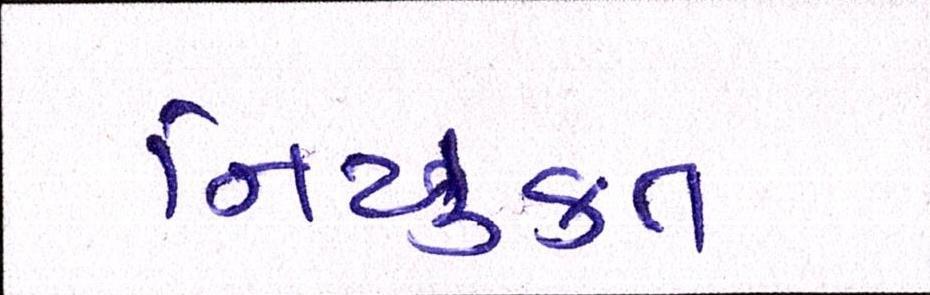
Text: નિયુકત